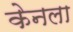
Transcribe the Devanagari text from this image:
केनला